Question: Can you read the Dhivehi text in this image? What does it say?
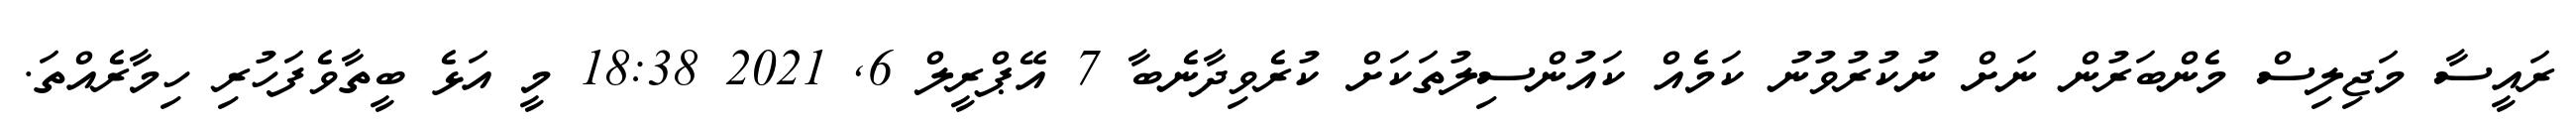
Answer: ރައީސާ މަޖިލިސް މެންބަރުން ނަށް ނުކުރުވުނު ކަމެއް ކައުންސިލުތަކަށް ކުރެވިދާނެބާ 7 އޭޕްރީލް 6, 2021 18:38 މީ އަޅެ ބީތާވެފަހުރި ހިމާރެއްތަ.